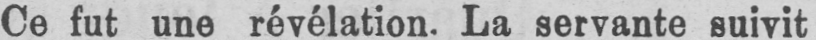
Ce fut une révélation. La servante suivit